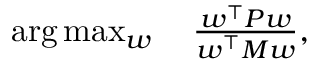
\begin{array} { r } { \arg \operatorname* { m a x } _ { \boldsymbol { w } } \quad \frac { \boldsymbol { w ^ { \intercal } } P \boldsymbol { w } } { \boldsymbol { w ^ { \intercal } } M \boldsymbol { w } } , } \end{array}